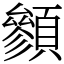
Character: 䫩